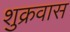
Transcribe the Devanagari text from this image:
शुक्रवास